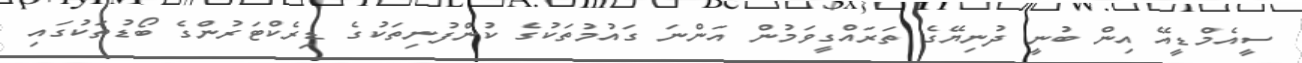
ސީއެމްޑީއޭ އިން ބުނީ ދުނިޔޭގެ ތަރައްގީވަމުން އަންނަ ގައުމުތަކުގެ ކުންފުނިތަކުގެ ޑިރެކްޓަރުންގެ ބޯޑުތަކުގައި